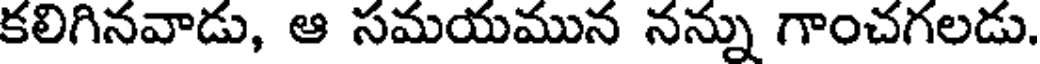
కలిగినవాడు, ఆ సమయమున నన్ను గాంచగలడు.